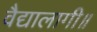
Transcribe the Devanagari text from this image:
वैद्यालागी॥